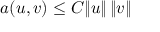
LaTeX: a ( u , v ) \leq C \| u \| \, \| v \|